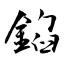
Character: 錎